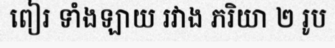
ពៀរ ទាំងឡាយ រវាង ភរិយា ២ រូប